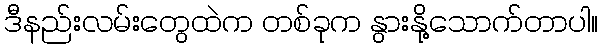
ဒီနည်းလမ်းတွေထဲက တစ်ခုက နွားနို့သောက်တာပါ။